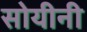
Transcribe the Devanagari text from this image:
सोयीनी